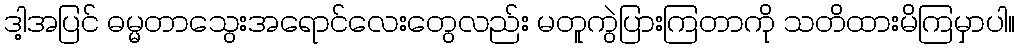
ဒါ့အပြင် ဓမ္မတာသွေးအရောင်လေးတွေလည်း မတူကွဲပြားကြတာကို သတိထားမိကြမှာပါ။